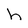
Character: h